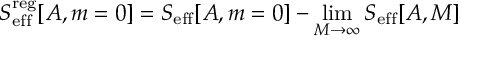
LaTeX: S _ { \mathrm { e f f } } ^ { \mathrm { r e g } } [ A , m = 0 ] = S _ { \mathrm { e f f } } [ A , m = 0 ] - \operatorname * { l i m } _ { M \to \infty } S _ { \mathrm { e f f } } [ A , M ]